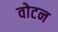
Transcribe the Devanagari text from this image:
वोटन